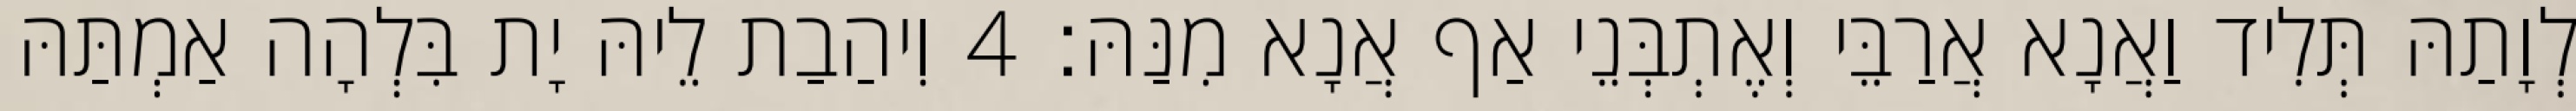
לְוָתַהּ תְּלִיד וַאֲנָא אֲרַבֵּי וְאֶתְבְּנֵי אַף אֲנָא מִנַּהּ׃ 4 וִיהַבַת לֵיהּ יָת בִּלְהָה אַמְתַּהּ